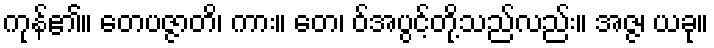
ကုန်၏။ တေပဇ္ဇာတိ၊ ကား။ တေ၊ ဝ်အပွင့်တို့သည်လည်း။ အဇ္ဇ၊ ယခု။